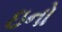
ઇનો